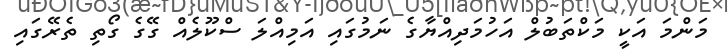
މަންމަ އަކީ މަކްތަބުލް އަހުމަދިއްޔާގެ ނަމުގައި އަމިއްލަ ސްކޫލެއް ގޭގެ ގޯތި ތެރޭގައި